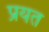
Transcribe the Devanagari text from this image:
प्रयत